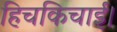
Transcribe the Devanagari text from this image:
हिचकिचाई।